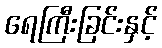
ရေကြီးခြင်းနှင့်